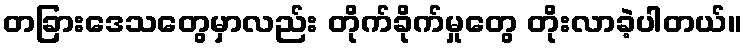
တခြားဒေသတွေမှာလည်း တိုက်ခိုက်မှုတွေ တိုးလာခဲ့ပါတယ်။